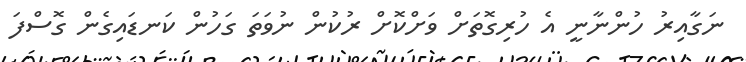
ނަގާއިރު ހުންނާނީ އެ ހުރިގޮތަށް ވަށްކޮށް ރުކުން ނުވަތަ ގަހުން ކަނޑައިގެން ގޮސްފަ